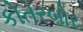
કોતરબોર